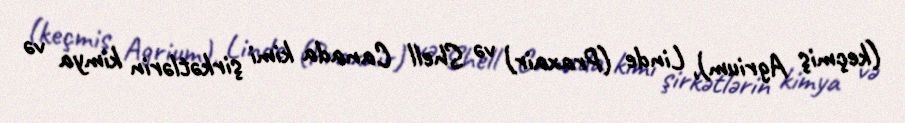
(keçmiş Agrium), Linde (Praxair) və Shell Canada kimi şirkətlərin kimya və